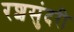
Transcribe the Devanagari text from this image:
रशसुंदरी